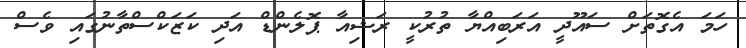
ހަމަ އެގޮތަށް ސައޫދީ އަރަބިއްޔާ ތުރުކީ ރަޝިއާ ޕޮލެންޑް އަދި ކަޒަކްސްތާނުގައި ވެސް